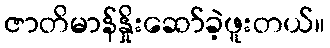
ဇာတိမာန်နှိုးဆော်ခဲ့ဖူးတယ်။